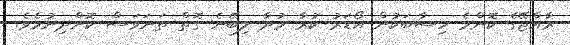
ރާއްޖޭގެ ކޮންމެ ހިސާބަކުން އޯޑަރު ކުރާ މުދާ ލިބޭނެ ގޮތް ތަނަވަސް ކޮށްދިނުމެވެ.